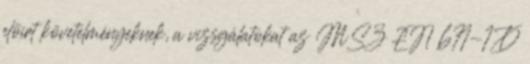
elõírt követelményeknek, a vizsgálatokat az MSZ EN 671-1 D